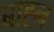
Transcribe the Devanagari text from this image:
बाह्न